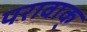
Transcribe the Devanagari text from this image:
परावाक्